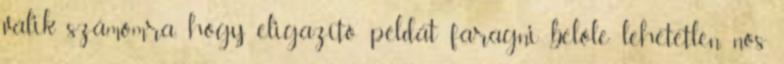
válik számomra, hogy eligazító példát faragni belőle lehetetlen, nos